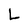
Character: L